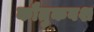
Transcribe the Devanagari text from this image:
कौतुकवश